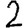
Digit: 2